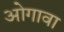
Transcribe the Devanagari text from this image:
ओगावा